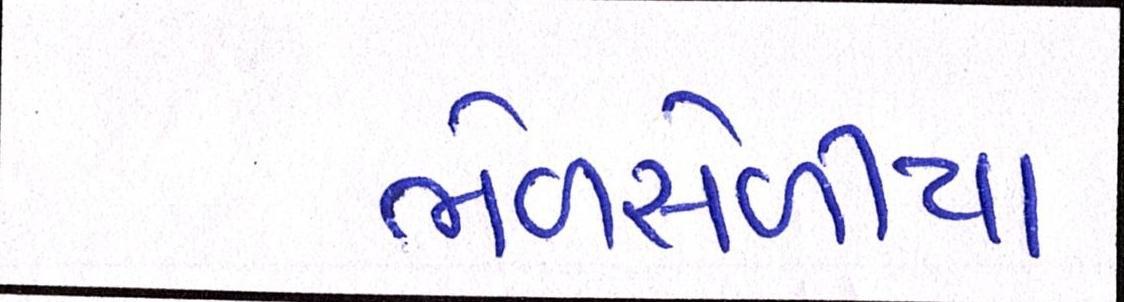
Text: ભેળસેળીયા